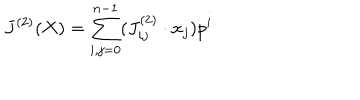
LaTeX: J ^ { ( 2 ) } ( X ) = \sum _ { i , j = 0 } ^ { n - 1 } ( J _ { i j } ^ { ( 2 ) } \cdot x _ { j } ) p ^ { i }